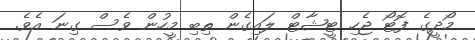
މޯދީގެ ފޮޓޯ ޖެހި ޓީޝާޓް ލައިގެން ތިބި މީހުން ވެސް ގިނަ އެވެ.